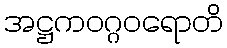
အဋ္ဌကဝဂ္ဂဝရောတိ